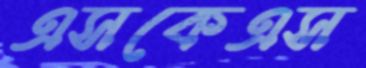
এসকেএস